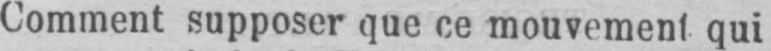
Comment supposer que ce mouvement qui